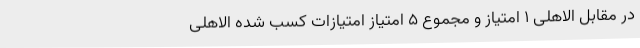
در مقابل الاهلی ۱ امتیاز و مجموع ۵ امتیاز امتیازات کسب شده الاهلی